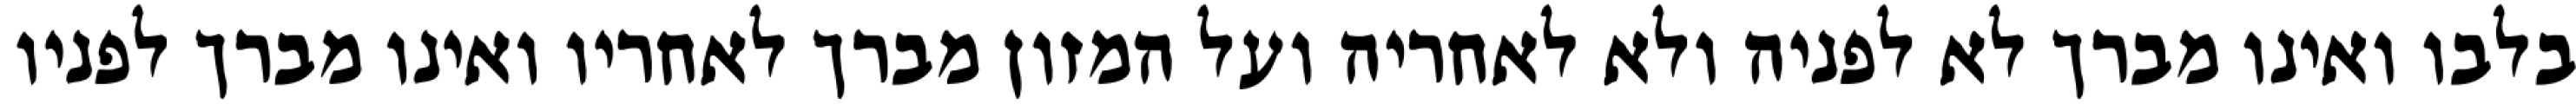
בלבו ואינו מברך לא לפניה ולא לאחריה ועל המזון מברך לאחריו ואינו מברך לפניו